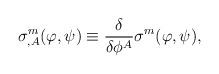
LaTeX: \begin{align*}\sigma^m_{,A}(\varphi,\psi)\equiv\frac{\delta}{\delta\phi^{A}} \sigma^m(\varphi,\psi),\end{align*}